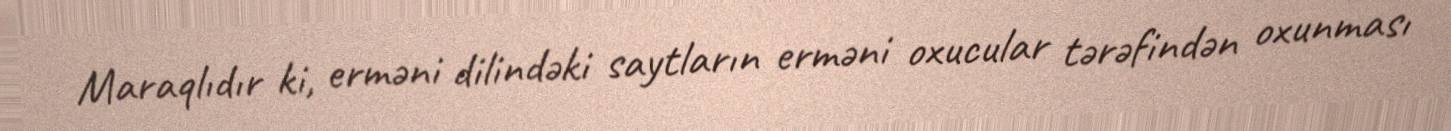
Maraqlıdır ki, erməni dilindəki saytların erməni oxucular tərəfindən oxunması